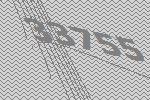
33755